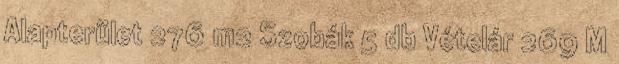
Alapterület 276 m2 Szobák 5 db Vételár 269 M